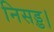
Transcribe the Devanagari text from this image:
निसड्ड।